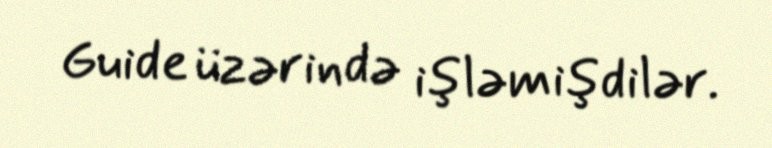
Guide üzərində işləmişdilər.